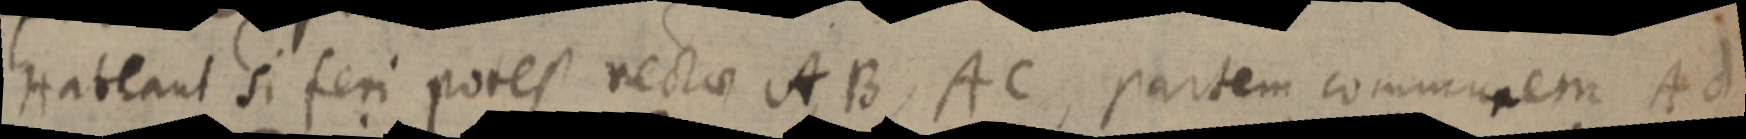
Habeant si feri potest rectae AB, AC, partem communem Ad